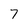
Character: 7